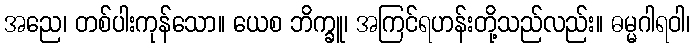
အညေ၊ တစ်ပါးကုန်သော။ ယေစ ဘိက္ခူ၊ အကြင်ရဟန်းတို့သည်လည်း။ ဓမ္မဂါရဝါ၊